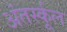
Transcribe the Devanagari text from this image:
अंतर्स्कूल